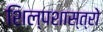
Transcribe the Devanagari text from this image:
शिल्पशास्त्रो